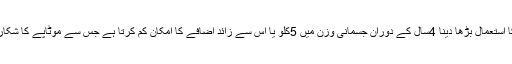
خاص طور پر کسی ایک گری کا استعمال بڑھا دینا 4سال کے دوران جسمانی وزن میں 5کلو یا اس سے زائد اضافے کا امکان کم کرتا ہے جس سے موٹاپے کا شکارہونے سے بچنا آسان ہو جاتاہے۔